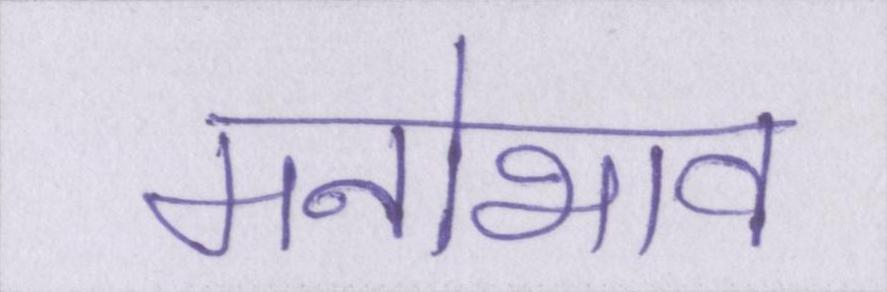
मनोभाव